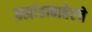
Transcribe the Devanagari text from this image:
ब्रह्मांडाबाहेरचे